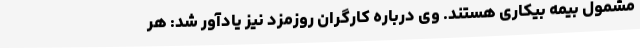
مشمول بیمه بیکاری هستند. وی درباره کارگران روزمزد نیز یادآور شد: هر